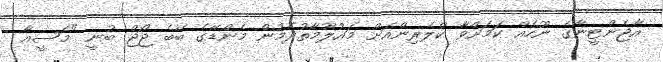
އާޖެންޓީނާގެ ނޫހެއް ކަމަށްވާ ކްލެރިންއަށް މައުލޫމާތުދެމުން މެންޑޭގެ ބޭބެ ޖޯޖް ބުނީ "މެސީއާ